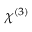
\chi ^ { ( 3 ) }